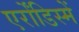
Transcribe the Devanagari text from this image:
एर्रोंडिस्में